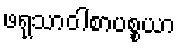
ဖရုသာဝါစာပစ္စယာ